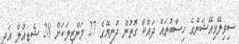
ސިވިލޭވިއޭޝަންގެ ހިސާބުތައް ދައްކާ ގޮތުން ދުނިޔޭގެ 27 މަންޒިލަކަށް 28 ޝެޑިއުލް އަދި